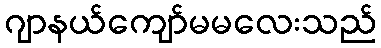
ဂျာနယ်ကျော်မမလေးသည်